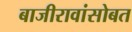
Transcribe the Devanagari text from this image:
बाजीरावांसोबत